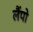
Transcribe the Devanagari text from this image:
लैंपो